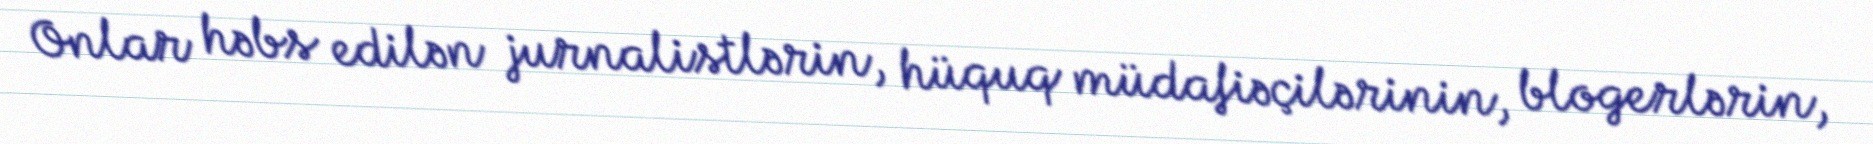
Onlar həbs edilən jurnalistlərin, hüquq müdafiəçilərinin, blogerlərin,